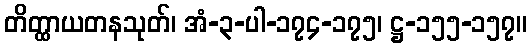
တိတ္ထာယတနသုတ်၊ အံ-၃-ပါ-၁၇၄-၁၇၅၊ ဋ္ဌ-၁၅၅-၁၅၇။